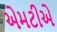
એમટીએ